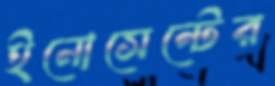
ইনোসেন্টের